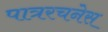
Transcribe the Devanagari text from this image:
पात्ररचनेस